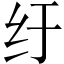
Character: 纡